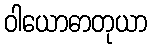
ဝါယောဓာတုယာ